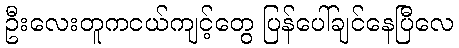
ဦးလေးတူကငယ်ကျင့်တွေ ပြန်ပေါ်ချင်နေပြီလေ